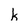
Character: k